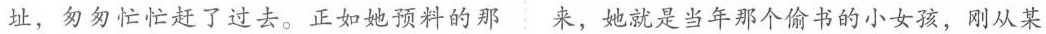
址，匆匆忙忙赶了过去。正如她预料的那来，她就是当年那个偷书的小女孩，刚从